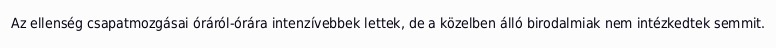
Az ellenség csapatmozgásai óráról-órára intenzívebbek lettek, de a közelben álló birodalmiak nem intézkedtek semmit.